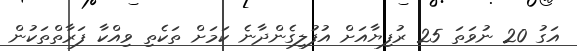
އަގު 20 ނުވަތަ 25 ރުފިޔާއަށް އުފުލިގެންދާނެ ކަމަށް ތަކެތި ވިއްކާ ފަރާތްތަކުން